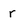
Character: r